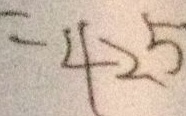
= 4 2 . 5